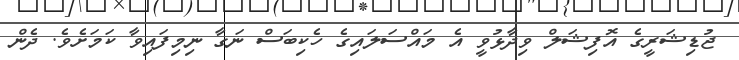
ޖުޑިޝަރީގެ އޮފިޝަލް ވިދާޅުވީ އެ މައްސަލައިގެ ހެކިބަސް ނަގާ ނިމިފައިވާ ކަމަށެވެ. ދެން